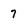
Character: 7